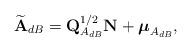
LaTeX: \begin{align*} \widetilde{\mathbf{A}}_{dB}=\mathbf{Q}_{A_{dB}}^{1/2}\mathbf{N}+\boldsymbol{\mu}_{A_{dB}},\end{align*}